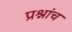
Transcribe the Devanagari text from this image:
प्रश्नांच